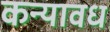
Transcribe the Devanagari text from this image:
कन्यावध